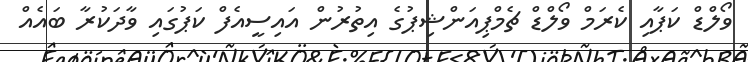
ވޯލްޑް ކަޕާއި ކެރަމް ވޯލްޑް ޗެމްޕިއަންޝިޕުގެ އިތުރުން އައިސީއެފް ކަޕުގައި ވާދަކުރާ ބައެއް